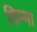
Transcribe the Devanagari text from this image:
तिम्मा